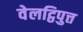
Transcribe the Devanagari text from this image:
वेलट्ठिपुत्त